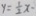
y = \frac { 1 } { 2 } x -